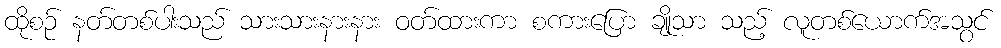
ထိုစဉ် နတ်တစ်ပါးသည် သားသားနားနား ဝတ်ထားကာ စကားပြော ချိုသာ သည့် လူတစ်ယောက်အသွင်